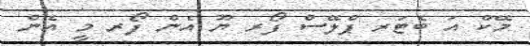
މޭކް އަ ބެޓަރ ޕްލޭސް ފޯރ ޔޫ އެން ފޯރ މީ އެން